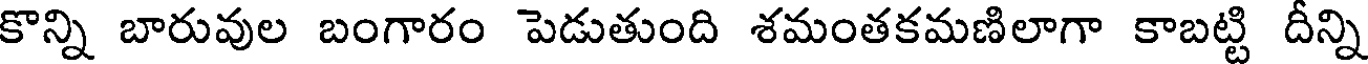
కొన్ని బారువుల బంగారం పెడుతుంది శమంతకమణిలాగా కాబట్టి దీన్ని